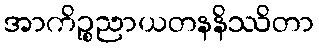
အာကိဉ္စညာယတနနိဿိတာ